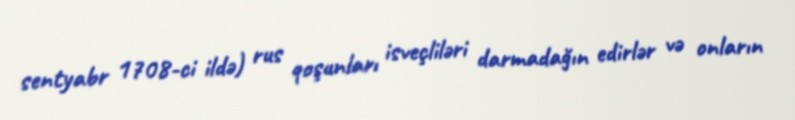
sentyabr 1708-ci ildə) rus qoşunları isveçliləri darmadağın edirlər və onların